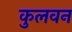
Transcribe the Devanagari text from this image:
कुलवन